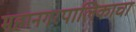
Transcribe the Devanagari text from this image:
महानगरपालिकाचा